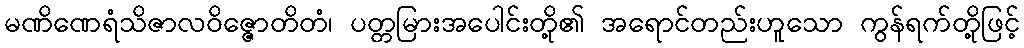
မဏိဏေရံသိဇာလဝိဇ္ဇောတိတံ၊ ပတ္တမြားအပေါင်းတို့၏ အရောင်တည်းဟူသော ကွန်ရက်တို့ဖြင့်